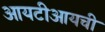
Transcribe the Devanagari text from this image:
आयटीआयची